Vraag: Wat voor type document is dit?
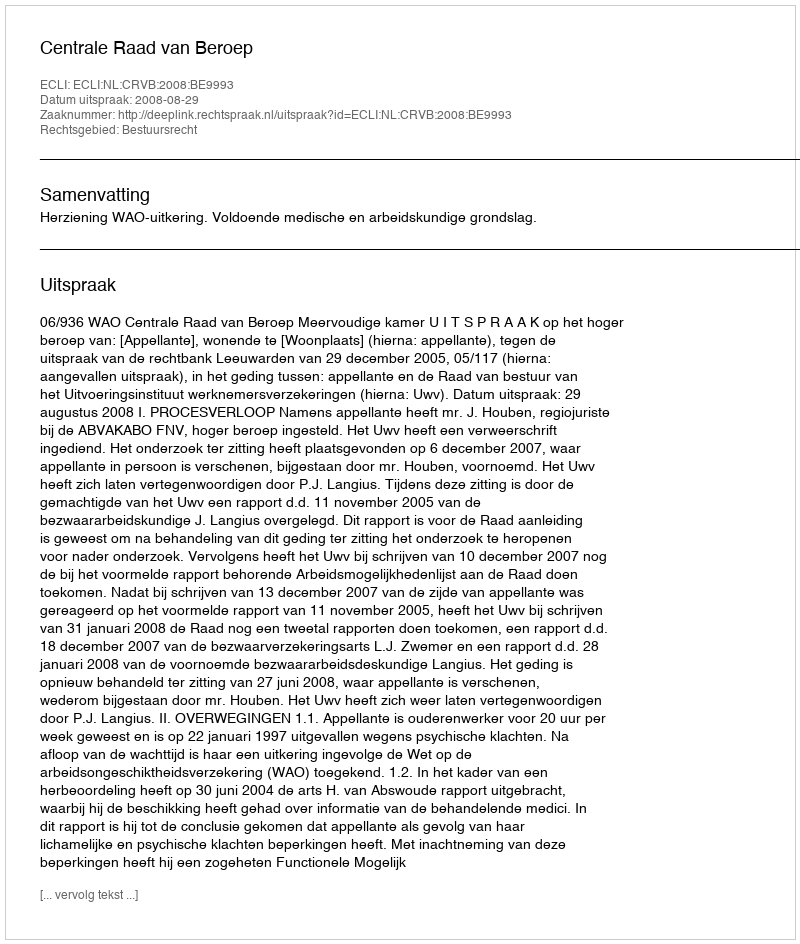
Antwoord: Uitspraak